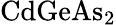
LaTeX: \mathrm{CdGeAs_{2}}